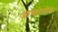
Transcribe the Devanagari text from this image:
आव्तोनोम